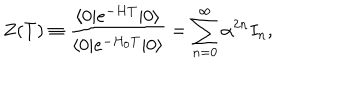
Z ( T ) \equiv { \frac { \langle 0 | e ^ { - H T } | 0 \rangle } { \langle 0 | e ^ { - H _ { 0 } T } | 0 \rangle } } = \sum _ { n = 0 } ^ { \infty } \alpha ^ { 2 n } I _ { n } ,